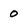
Character: 0